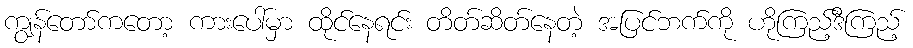
ကျွန်တော်ကတော့ ကားပေါ်မှာ ထိုင်နေရင်း တိတ်ဆိတ်နေတဲ့ အပြင်ဘက်ကို ဟိုကြည့်ဒီကြည့်